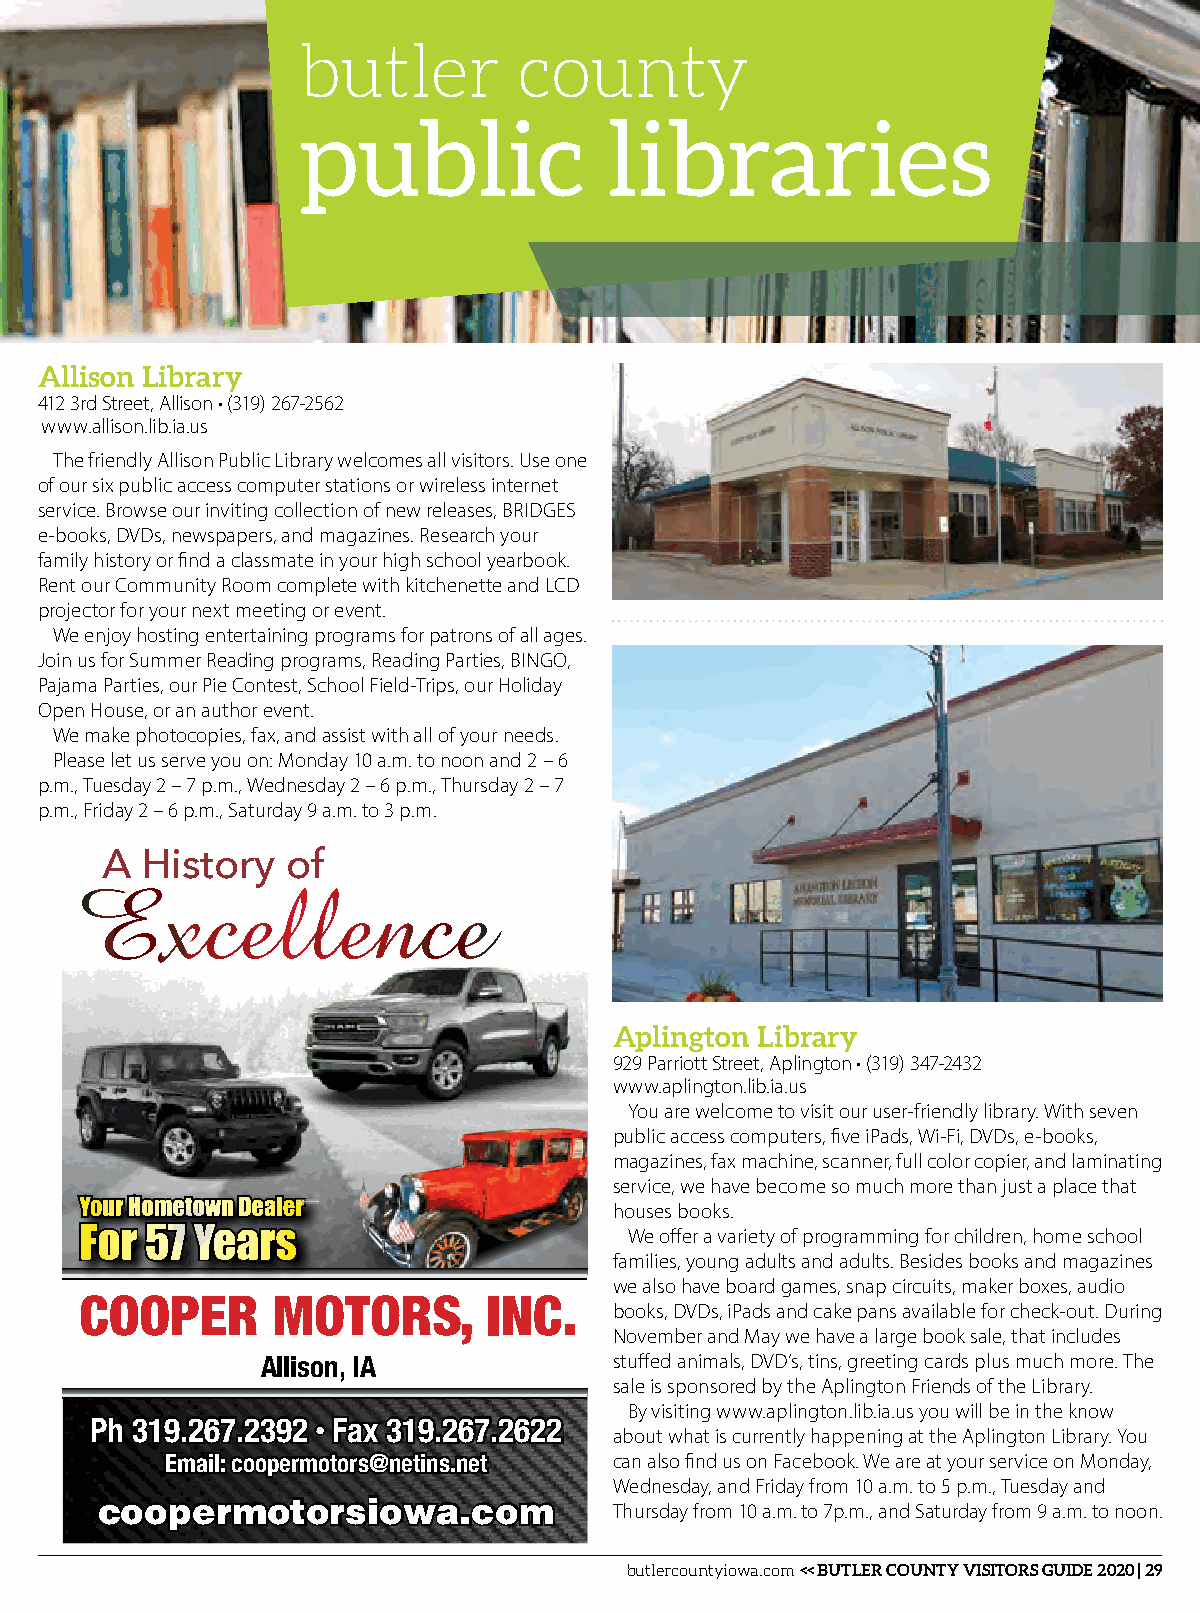
butler        county
 public              libraries
 Allison Library
 412 3rd Street, Allison • (319) 267-2562
 www.allison.lib.ia.us
 The friendly Allison Public Library welcomes all visitors. Use one
 of our six public access computer stations or wireless internet
 service. Browse our inviting collection of new releases, BRIDGES
 e-books, DVDs, newspapers, and magazines. Research your
 family history or find a classmate in your high school yearbook.
 Rent our Community Room complete with kitchenette and LCD
 projector for your next meeting or event.
 We enjoy hosting entertaining programs for patrons of all ages.
 Join us for Summer Reading programs, Reading Parties, BINGO,
 Pajama Parties, our Pie Contest, School Field-Trips, our Holiday
 Open House, or an author event.
 We make photocopies, fax, and assist with all of your needs.
 Please let us serve you on: Monday 10 a.m. to noon and 2 – 6
 p.m., Tuesday 2 – 7 p.m., Wednesday 2 – 6 p.m., Thursday 2 – 7
 p.m., Friday 2 – 6 p.m., Saturday 9 a.m. to 3 p.m.
 A History   of
 Excellence
 Aplington Library
 929 Parriott Street, Aplington • (319) 347-2432
 www.aplington.lib.ia.us
 You are welcome to visit our user-friendly library. With seven
 public access computers, five iPads, Wi-Fi, DVDs, e-books,
 magazines, fax machine, scanner, full color copier, and laminating
 service, we have become so much more than just a place that
 YYoouurr HHoommeettoowwnn DDeeaalleerr houses books.
 FFoorr 5577 YYeeaarrss               We offer a variety of programming for children, home school
 families, young adults and adults. Besides books and magazines
 we also have board games, snap circuits, maker boxes, audio
 CCOOOOPPEERR MMOOTTOORRSS,, IINNCC.. books, DVDs, iPads and cake pans available for check-out. During
 November and May we have a large book sale, that includes
 Allison, IA             stuffed animals, DVD’s, tins, greeting cards plus much more. The
 sale is sponsored by the Aplington Friends of the Library.
 By visiting www.aplington.lib.ia.us you will be in the know
 PPhh 331199..226677..22339922 •• FFaaxx 331199..226677..22662222 about what is currently happening at the Aplington Library. You
 EEmmaaiill:: ccooooppeerrmmoottoorrss@@nneettiinnss..nneett can also find us on Facebook. We are at your service on Monday,
 Wednesday, and Friday from 10 a.m. to 5 p.m., Tuesday and
 ccooooppeerrmmoottoorrssiioowwaa..ccoomm Thursday from 10 a.m. to 7p.m., and Saturday from 9 a.m. to noon.
 butlercountyiowa.com << BUTLER COUNTY VISITORS GUIDE 2020 | 29